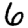
Digit: 6